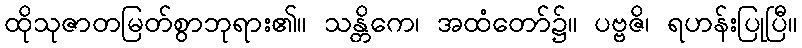
ထိုသုဇာတမြတ်စွာဘုရား၏။ သန္တိကေ၊ အထံတော်၌။ ပဗ္ဗဇိ၊ ရဟန်းပြုပြီ။